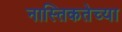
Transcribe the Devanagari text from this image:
नास्तिकतेच्या